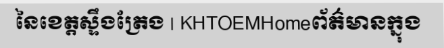
នៃខេត្តស្ទឹងត្រែង | KHTOEMHomeព័ត៌មានក្នុង